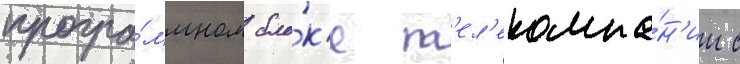
програ́ммном бло́к'е т'ел'екомпа́н'ии с